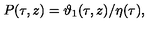
P ( \tau , z ) = \vartheta _ { 1 } ( \tau , z ) / \eta ( \tau ) ,